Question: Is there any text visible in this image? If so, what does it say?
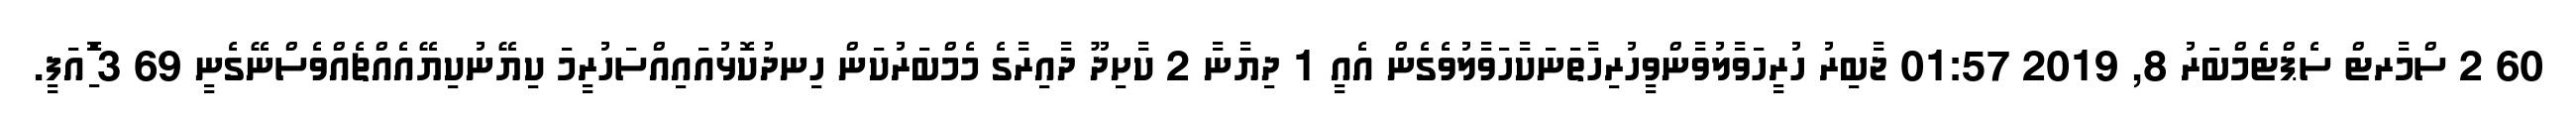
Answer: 60 2 ސްމާރޓް ސެޕްޓެމްބަރު 8, 2019 01:57 ޖާބިރު ހުރީހަވާލުވާންވީހުރިހާތަނަކާހަވާލުވެގެން އެއީ 1 ދިޔާނާ 2 ކާށިދޫ ދާއިރާގެ މެމްބަރުކަން ހިނދުކޮޅުއައިއްސަހުރީމަ ކިޔޭނުކިޔޭއެއްޗެއްވެސްނޭގެނީ 69 3 ާަަަަަެެެޮޮިުއަފީ.